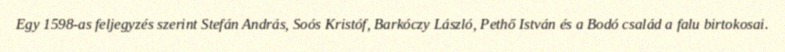
Egy 1598-as feljegyzés szerint Stefán András, Soós Kristóf, Barkóczy László, Pethő István és a Bodó család a falu birtokosai.